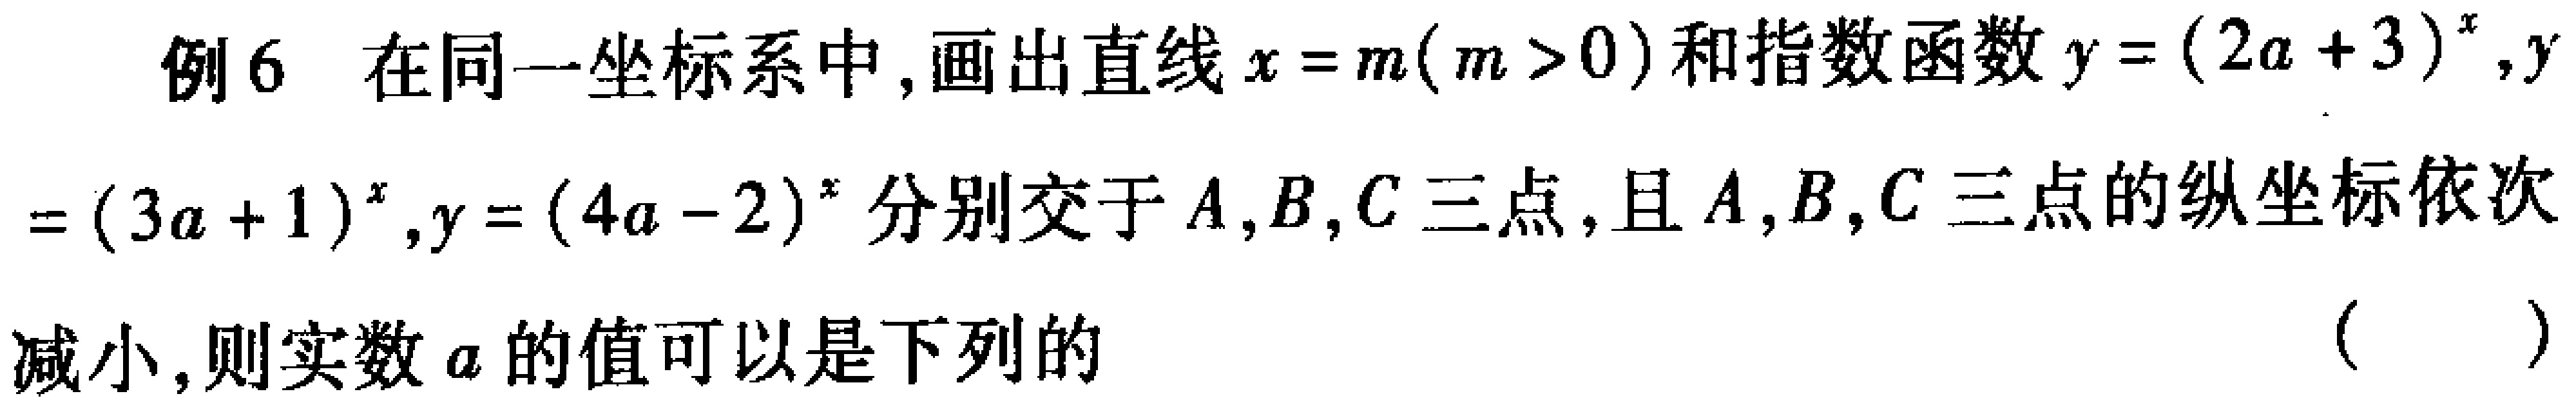
例6 在同一坐标系中,画出直线$x = m(m > 0)$和指数函数$y = (2a + 3)^{x},y$

$=(3a + 1)^{x},y = (4a - 2)^{x}$分别交于$A,B,C$三点,且$A,B,C$三点的纵坐标依次

减小,则实数$a$的值可以是下列的（ ）